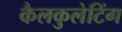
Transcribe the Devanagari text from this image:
कैलकुलेटिंग